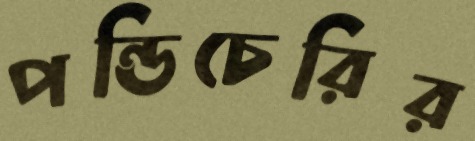
পন্ডিচেরির